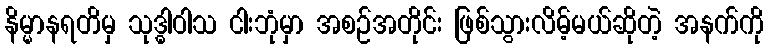
နိမ္မာနရတိမှ သုဒ္ဓါဝါသ ငါးဘုံမှာ အစဉ်အတိုင်း ဖြစ်သွားလိမ့်မယ်ဆိုတဲ့ အနက်ကို